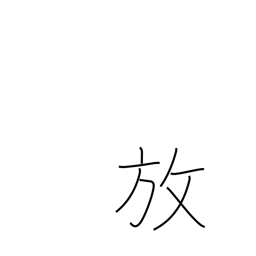
Meaning: release